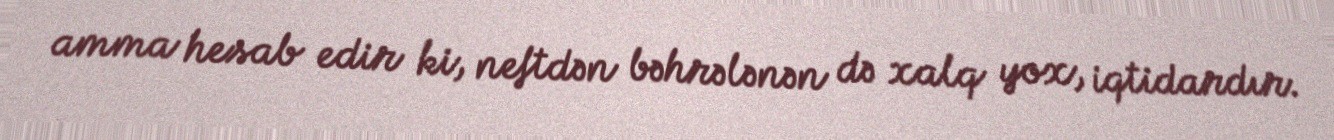
amma hesab edir ki, neftdən bəhrələnən də xalq yox, iqtidardır.